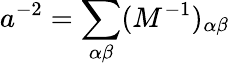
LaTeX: a^{-2}=\sum_{\alpha\beta}(M^{-1})_{\alpha\beta}